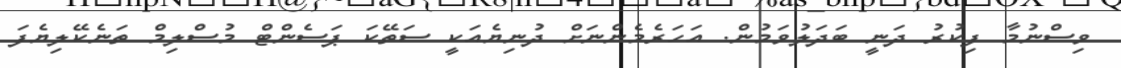
ވިސްނުމާ ފިކުރު ދަނީ ބަދަލުވަމުން. އަހަރެމެންނަށް ދުނިޔެއަކީ ސަތޭކަ ޕަސެންޓް މުސްލިމް ތަނެކޭލިޔެފަ